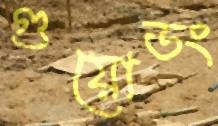
গুয়োডং